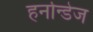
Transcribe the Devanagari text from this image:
हर्नान्डेज